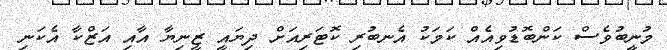
މުނީބުވެސް ކަންބޮޑުވިއެއް ކަމަކު އެނބުރި ކޮޓަރިއަށް ދިޔައީ ޒީނިޔާ އާއި އަޒްކާ އެކަނި